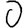
Digit: 0